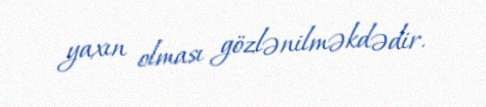
yaxın olması gözlənilməkdədir.